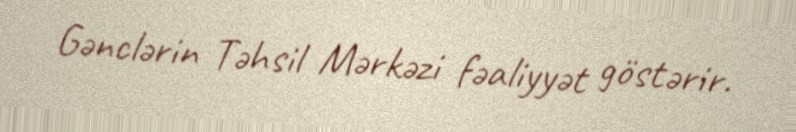
Gənclərin Təhsil Mərkəzi fəaliyyət göstərir.